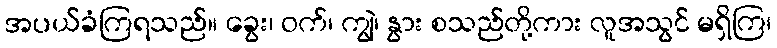
အပယ်ခံကြရသည်။ ခွေး၊ ဝက်၊ ကျွဲ၊ နွား စသည်တို့ကား လူအသွင် မရှိကြ၊